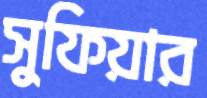
সুফিয়ার